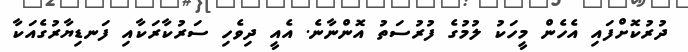
ދުރުކޮށްފައި އެހެން މީހަކު ލުމުގެ ފުރުސަތު އޮންނާނެ. އެއީ ދިވެހި ސަރުކާރަކާއި ފަނޑިޔާރުގެއަކާ